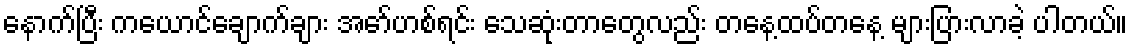
နောက်ပြီး ကယောင်ချောက်ချား အော်ဟစ်ရင်း သေဆုံးတာတွေလည်း တနေ့ထပ်တနေ့ များပြားလာခဲ့ ပါတယ်။